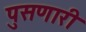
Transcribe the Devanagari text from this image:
पुसणारी